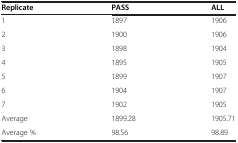
<table><thead><tr><td><b>Replicate</b></td><td><b>PASS</b></td><td><b>ALL</b></td></tr></thead><tbody><tr><td>1</td><td>1897</td><td>1906</td></tr><tr><td>2</td><td>1900</td><td>1906</td></tr><tr><td>3</td><td>1898</td><td>1904</td></tr><tr><td>4</td><td>1895</td><td>1905</td></tr><tr><td>5</td><td>1899</td><td>1907</td></tr><tr><td>6</td><td>1904</td><td>1907</td></tr><tr><td>7</td><td>1902</td><td>1905</td></tr><tr><td>Average</td><td>1899.28</td><td>1905.71</td></tr><tr><td>Average %</td><td>98.56</td><td>98.89</td></tr></tbody></table>